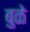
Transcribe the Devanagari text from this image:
बुळे